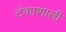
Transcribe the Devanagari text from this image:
टंकाशाली